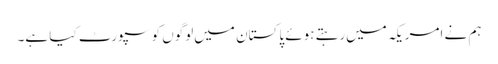
ہم نے امریکہ میں‌رہتے ہوئے پاکستان میں‌لوگوں کو سپورٹ کیا ہے۔